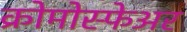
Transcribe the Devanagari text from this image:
क्रोमोस्फेअर